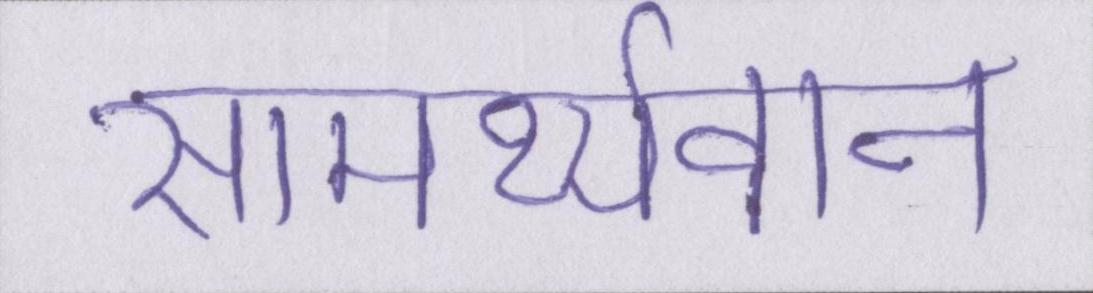
सामर्थ्यवान